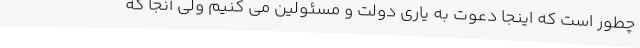
چطور است که اینجا دعوت به یاری دولت و مسئولین می کنیم ولی آنجا که